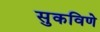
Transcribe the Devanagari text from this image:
सुकविणे